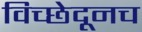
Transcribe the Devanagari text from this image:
विच्छेदूनच